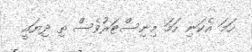
ހަމަ އެކަނި ހަމަ މިނިސްޓަރުވެސް ތި ދިޔައީ